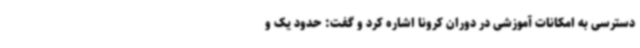
دسترسی به امکانات آموزشی در دوران کرونا اشاره کرد و گفت: حدود یک و